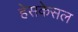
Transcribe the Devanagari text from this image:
हेसकेसल